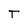
Character: T